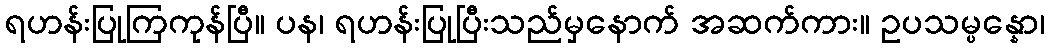
ရဟန်းပြုကြကုန်ပြီ။ ပန၊ ရဟန်းပြုပြီးသည်မှနောက် အဆက်ကား။ ဥပသမ္ပန္နော၊